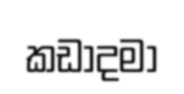
කඩාදමා